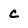
Character: c